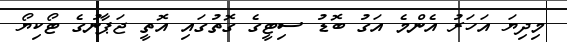
މިދިޔަ އަހަރު އެންމެ އަގު ބޮޑު ސިޓީގެ ގޮތުގައި އޮތީ ޖަޕާނުގެ ޓޯކިޔޯ